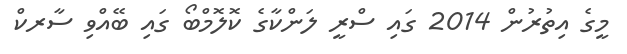
މީގެ އިތުރުން 2014 ގައި ސްރީ ލަންކާގެ ކޮލޮމްބޯ ގައި ބޭއްވި ސާރކް